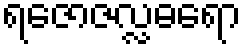
ရဇောဇလ္လဓရော